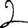
Digit: 2